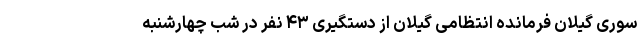
سوری گیلان فرمانده انتظامی گیلان از دستگیری ۴۳ نفر در شب چهارشنبه